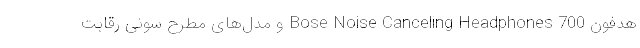
هدفون Bose Noise Canceling Headphones 700 و مدل‌های مطرح سونی رقابت